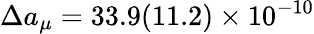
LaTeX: \Delta a_{\mu}=33.9(11.2)\times 10^{-10}